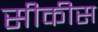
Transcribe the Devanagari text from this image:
सीकीस